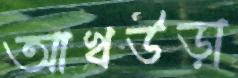
আখউড়া